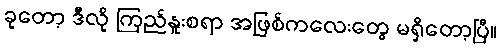
ခုတော့ ဒီလို ကြည်နူးစရာ အဖြစ်ကလေးတွေ မရှိတော့ပြီ။